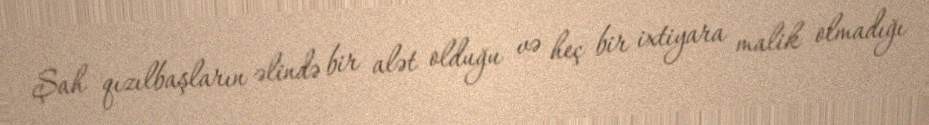
Şah qızılbaşların əlində bir alət olduğu və heç bir ixtiyara malik olmadığı